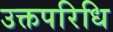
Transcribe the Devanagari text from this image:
उक्तपरिधि